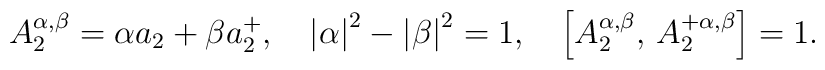
A_{2}^{\alpha ,\beta }=\alpha a_{2}+\beta a_{2}^{+},\quad \left| \alpha\right| ^{2}-\left| \beta \right| ^{2}=1,\quad \left[ A_{2}^{\alpha ,\beta},\,A_{2}^{+\alpha ,\beta }\right] =1.